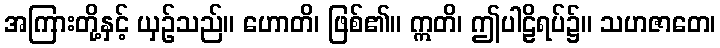
အကြားတို့နှင့် ယှဉ်သည်။ ဟောတိ၊ ဖြစ်၏။ ဣတိ၊ ဤပါဠိရပ်၌။ သဟဇာတေ၊